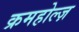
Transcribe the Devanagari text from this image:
क्रमहोल्ज़